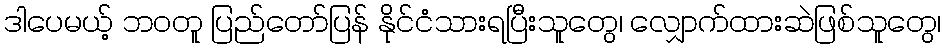
ဒါပေမယ့် ဘဝတူ ပြည်တော်ပြန် နိုင်ငံသားရပြီးသူတွေ၊ လျှောက်ထားဆဲဖြစ်သူတွေ၊